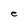
Character: e